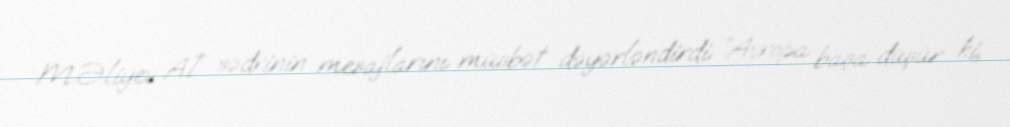
M.Əliyev Aİ sədrinin mesajlarını müsbət dəyərləndirdi: “Avropa başa düşür ki,